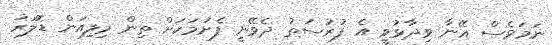
ނަމަވެސް އޭނާ ވިދާޅުވީ އެ ފުރުސަތު ދެވޭނީ ފެށުމަކަށް ތިން މިލިއަން ޑޮލަރު